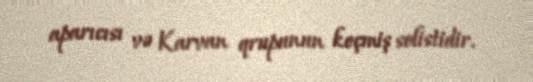
aparıcısı və Karvan qrupunun keçmiş solistidir.